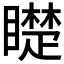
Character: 𱳋